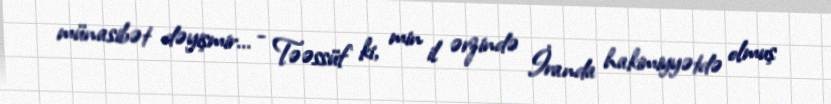
münasibət dəyişmir... - Təəssüf ki, min il ərzində İranda hakimiyyətdə olmuş